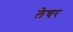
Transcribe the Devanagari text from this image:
लेचर